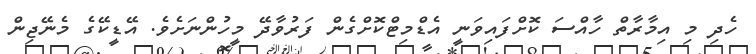
ހެދި މި އިމާރާތް ހާއްސަ ކޮށްފައިވަނީ އެޑްމިޓްކޮށްގެން ފަރުވާދޭ މީހުންނަށެވެ. އޭޑީކޭގެ މެނޭޖިން